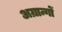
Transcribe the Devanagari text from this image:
अग्रान्गों